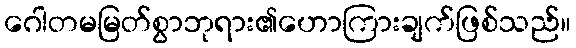
ဂေါတမမြတ်စွာဘုရား၏ဟောကြားချက်ဖြစ်သည်။